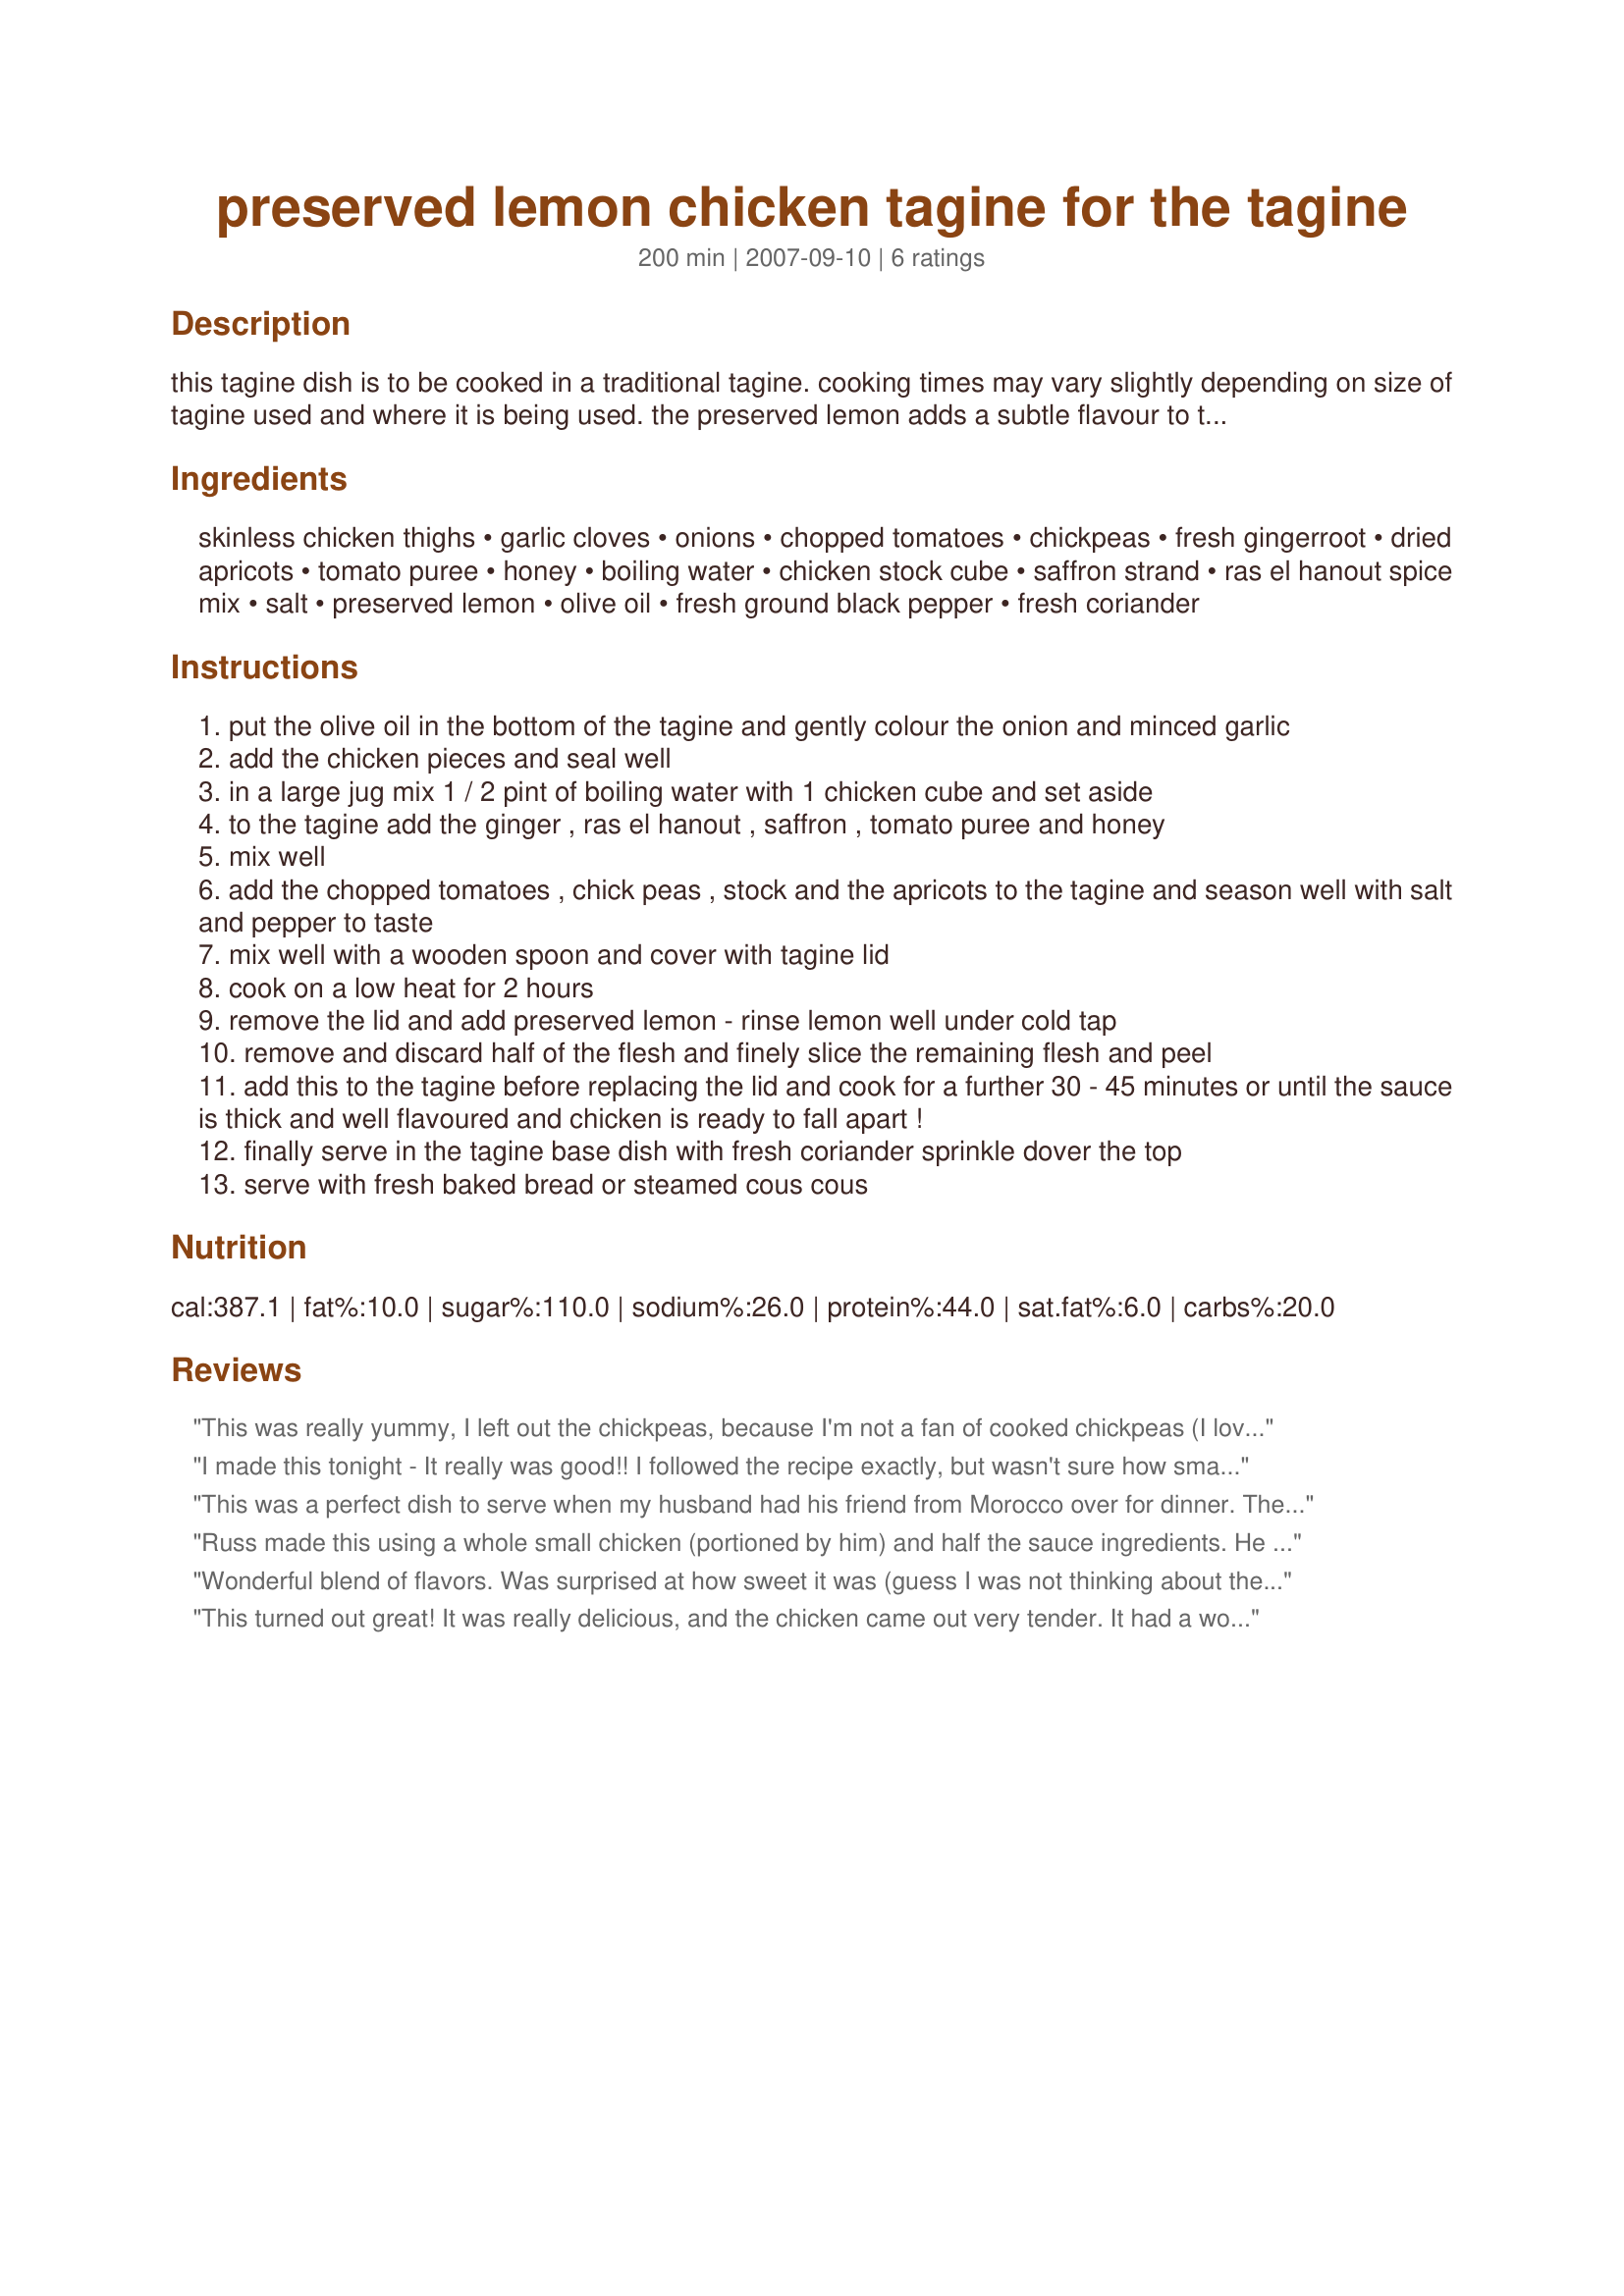
preserved lemon chicken tagine for the tagine
Preparation time: 200 minutes

this tagine dish is to be cooked in a traditional tagine. cooking times may vary slightly depending on size of tagine used and where it is being used. the preserved lemon adds a subtle flavour to the tagine but is not the predominent flavour...

Ingredients:
skinless chicken thighs, garlic cloves, onions, chopped tomatoes, chickpeas, fresh gingerroot, dried apricots, tomato puree, honey, boiling water, chicken stock cube, saffron strand, ras el hanout spice mix, salt, preserved lemon, olive oil, fresh ground black pepper, fresh coriander

Steps:
put the olive oil in the bottom of the tagine and gently colour the onion and minced garlic
add the chicken pieces and seal well
in a large jug mix 1 / 2 pint of boiling water with 1 chicken cube and set aside
to the tagine add the ginger , ras el hanout , saffron , tomato puree and honey
mix well
add the chopped tomatoes , chick peas , stock and the apricots to the tagine and season well with salt and pepper to taste
mix well with a wooden spoon and cover with tagine lid
cook on a low heat for 2 hours
remove the lid and add preserved lemon - rinse lemon well under cold tap
remove and discard half of the flesh and finely slice the remaining flesh and peel
add this to the tagine before replacing the lid and cook for a further 30 - 45 minutes or until the sauce is thick and well flavoured and chicken is ready to fall apart !
finally serve in the tagine base dish with fresh coriander sprinkle dover the top
serve with fresh baked bread or steamed cous cous

Reviews:
This was really yummy, I left out the chickpeas, because I'm not a fan of cooked chickpeas (I love chickpeas in hummus only) but it just as I cooked it worked out for our taste bugs. I only cooked it for one hour (instead of two) because I used pre-chopped 1 kg of chicken thigh pieces and the chicken was so tender. I used Recipe #333862 for the lemon preserved and served it with Recipe #221217, perfect. Thank you Um Safia
I made this tonight - It really was good!!
I followed the recipe exactly, but wasn't sure how small a small lemon is - so I just used 2 quarters of 1 preserved lemon (normal size) and it was PERFECT.
Thank you so much for posting . 
I will make this again. It was so tasty.
Also thank you for the help you gave me buying a Tagine (in a question I posted a few weeks ago). Jan
This was a perfect dish to serve when my husband had his friend from Morocco over for dinner. The flavors blended nicely together to make a wonderful tasting tagine that both of them loved it since it tasted like "home". Thanks for a great recipe.
Russ made this using a whole small chicken (portioned by him) and half the sauce ingredients. He used a preserved lemon quarter, which we all decided was more than enough. It was really pretty good thank you.
Wonderful blend of flavors. Was surprised at how sweet it was (guess I was not thinking about the all the apricots in it). Served the coriander on the side as there was someone over who dose not like it. Made using Chef #621626â€™s Recipe #295914. Also made on top of the stove, although I think the crackpot would also work. Thanks for the post.
This turned out great! It was really delicious, and the chicken came out very tender. It had a wonderful flavor of saffron up front, with the other spices and the preserved lemon supporting in the background. The apricots went nicely with the other flavors. I used a dutch oven to cook it on the stovetop, which worked fine. I also used Julie B's Hive's Ras-El-Hanout Ras-El-Hanout (Moroccan Spice Blend). Thanks for posting!
